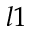
l 1